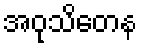
အဝုသိတေန